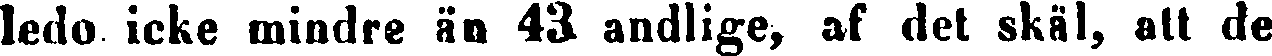
ledo icke mindre än 431 andlige, af det skäl, att de